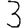
Digit: 3